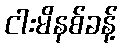
ငါးမိနစ်ခန့်